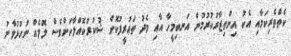
ކެތްތެރިކަމާއި އެކު އިންތިޒާރުކުރުމުން އަނބިމީހާ އާއި މެދު ތަޢުރީފުކޮށް ޝުކުރުކޮއްލާކަށްވެސް ލޮލެއް ނުހުޅުވާނު